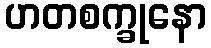
ဟတစက္ခုနော